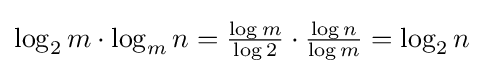
{\textstyle \log _{2}m\cdot \log _{m}n={\frac {\log m}{\log 2}}\cdot {\frac {\log n}{\log m}}=\log _{2}n}